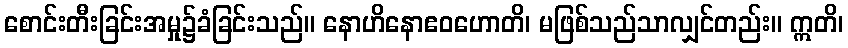
စောင်းတီးခြင်းအမှု၌ခံခြင်းသည်။ နောဟိနောဧဝဟောတိ၊ မဖြစ်သည်သာလျှင်တည်း။ ဣတိ၊